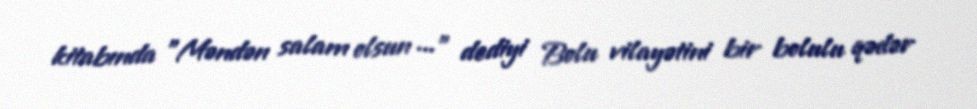
kitabında "Məndən salam olsun ..." dediyi Bolu vilayətini bir bolulu qədər